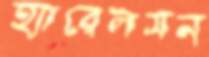
হ্যারেলসন